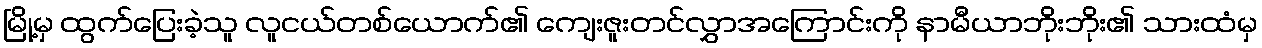
မြို့မှ ထွက်ပြေးခဲ့သူ လူငယ်တစ်ယောက်၏ ကျေးဇူးတင်လွှာအကြောင်းကို နာမီယာဘိုးဘိုး၏ သားထံမှ